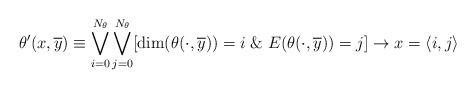
LaTeX: \begin{align*}\theta^{\prime}(x,\overline{y})\equiv \bigvee_{i=0}^{N_{\theta}} \bigvee_{j=0}^{N_{\theta}} [\dim(\theta(\cdot, \overline{y}))=i \; \& \; E(\theta(\cdot, \overline{y}))= j]\rightarrow x = \langle i,j\rangle\end{align*}